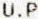
U.P